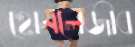
হোনলেজীব